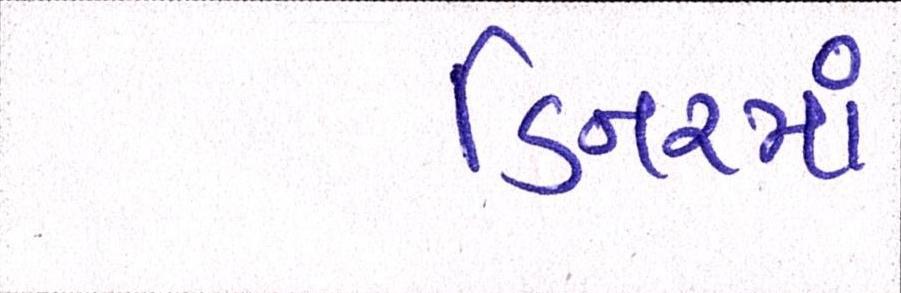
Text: ડિનરમાં